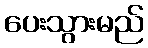
ပေးသွားမည်